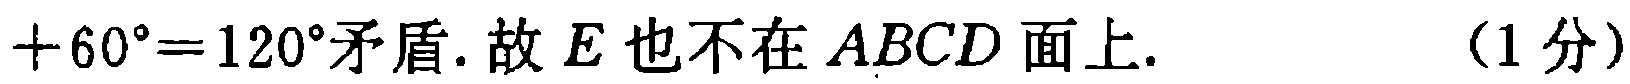
$+60^{\circ}=120^{\circ}矛盾. 故E也不在ABCD面上.\quad (1分)$